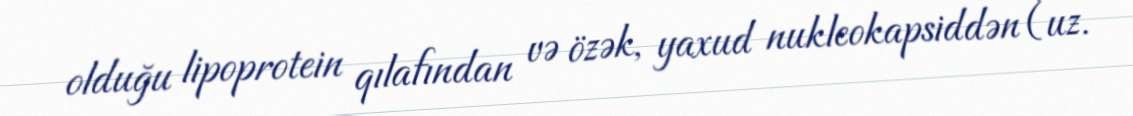
olduğu lipoprotein qılafından və özək, yaxud nukleokapsiddən (uz.